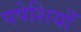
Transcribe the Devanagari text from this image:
पपेशियाँ